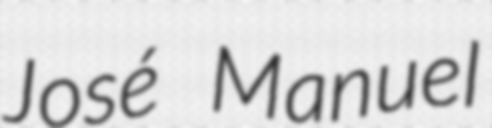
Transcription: José Manuel